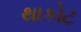
થાકોટ